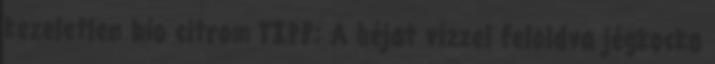
kezeletlen bio citrom TIPP: A héjat vízzel feloldva jégkocka